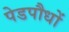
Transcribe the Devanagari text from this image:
पेडपौधों